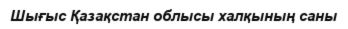
Шығыс Қазақстан облысы халқының саны